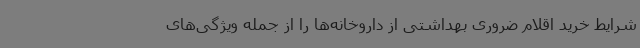
شرایط خرید اقلام ضروری بهداشتی از داروخانه‌ها را از جمله ویژگی‌های